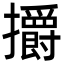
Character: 㩱